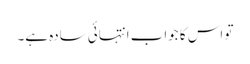
تو اس کا جواب انتہائی سادہ ہے۔